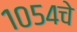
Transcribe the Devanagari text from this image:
१०५४चे